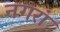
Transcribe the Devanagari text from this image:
नगरां